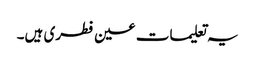
یہ تعلیمات عین فطری ہیں۔